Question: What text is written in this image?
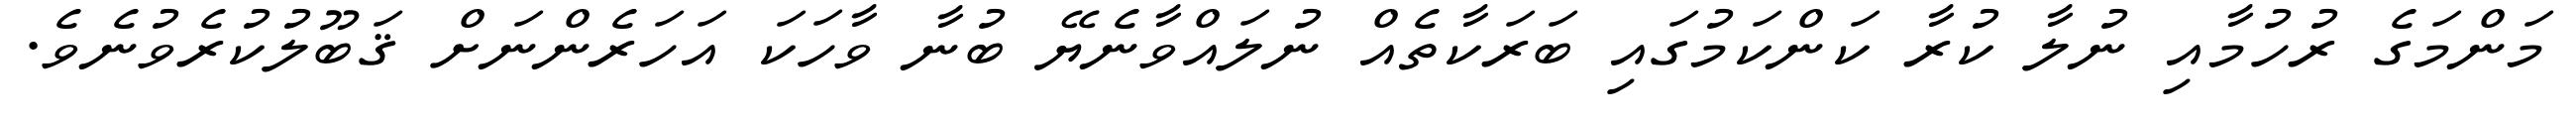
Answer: މަންމަގެ ރުހުމާއި ނުލާ ކުރާ ކަންކަމުގައި ބަރަކާތެއް ނުލައްވާނެޔޭ ބުނާ ވާހަކަ އަހަރެންނަށް ޤަބޫލުކުރެވުނެވެ.